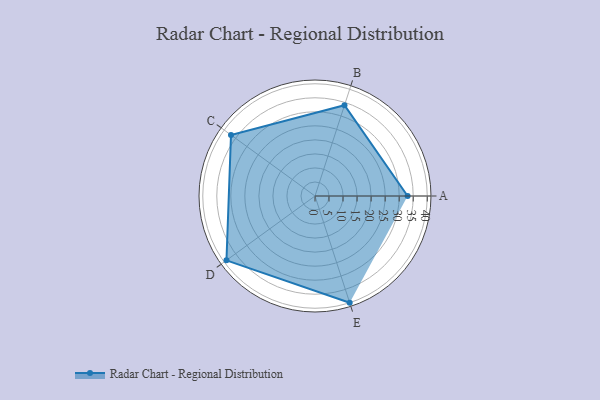
{"axis": {"x": "Skill", "y": "Score"}, "legend": ["Profile"], "data": [{"x": "A", "y": 33.0, "type": "Profile"}, {"x": "B", "y": 34.0, "type": "Profile"}, {"x": "C", "y": 37.0, "type": "Profile"}, {"x": "D", "y": 39.0, "type": "Profile"}, {"x": "E", "y": 40.0, "type": "Profile"}]}